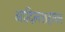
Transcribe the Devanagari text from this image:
आदिलशहावर